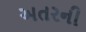
અતરની